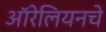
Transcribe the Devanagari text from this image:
ऑरेलियनचे